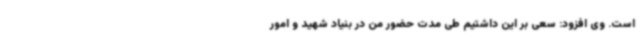
است. وی افزود: سعی بر این داشتیم طی مدت حضور من در بنیاد شهید و امور